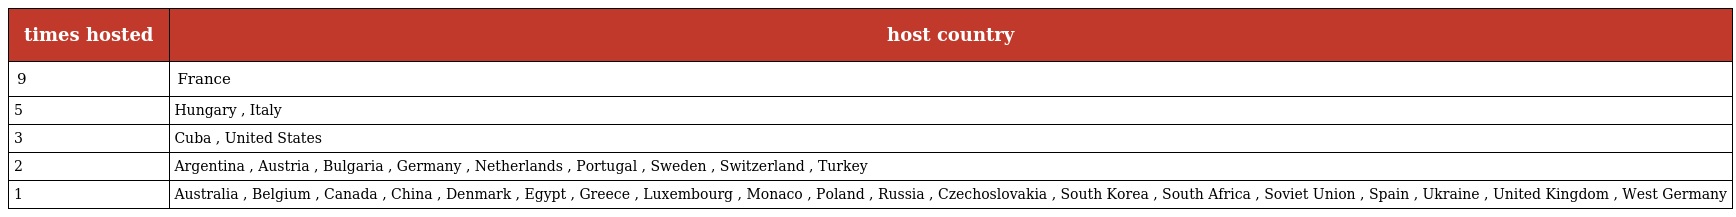
| times hosted | host country |
 | --- | --- |
 | 9 | France |
 | 5 | Hungary , Italy |
 | 3 | Cuba , United States |
 | 2 | Argentina , Austria , Bulgaria , Germany , Netherlands , Portugal , Sweden , Switzerland , Turkey |
 | 1 | Australia , Belgium , Canada , China , Denmark , Egypt , Greece , Luxembourg , Monaco , Poland , Russia , Czechoslovakia , South Korea , South Africa , Soviet Union , Spain , Ukraine , United Kingdom , West Germany |